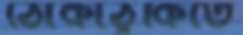
ঠোকাঠুকিতে